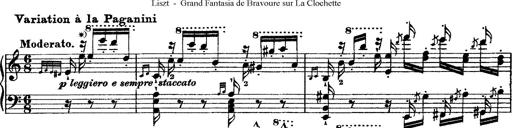
Title: Grande fantasie di bravura sur La clochette
Composer: Franz Liszt
Key: A minor